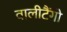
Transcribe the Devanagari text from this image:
वालीटैंगो